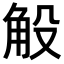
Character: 𧣇